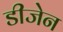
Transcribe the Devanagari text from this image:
डीजेन